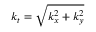
k _ { t } = \sqrt { k _ { x } ^ { 2 } + k _ { y } ^ { 2 } }